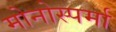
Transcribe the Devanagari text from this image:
मोनोस्पर्मा